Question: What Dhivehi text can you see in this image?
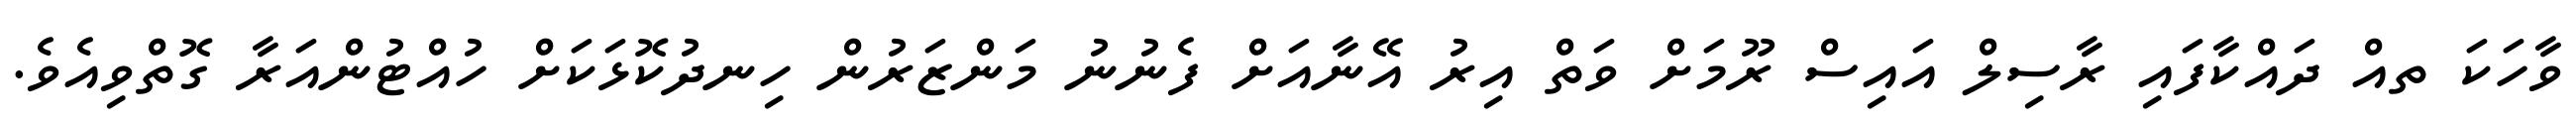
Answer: ވާހަކަ ތއް ދައްކާފައި ރާސިލް އައިސް ރޫމަށް ވަތް އިރު އޭނާއަށް ފެނުނު މަންޒަރުން ހިނދުކޮޅަކަށް ހުއްޓުންއަރާ ގޮތްވިއެވެ.